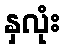
နှလုံး